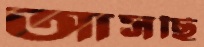
আসছি